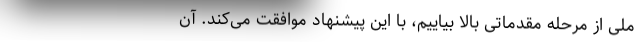
ملی از مرحله مقدماتی بالا بیاییم، با این پیشنهاد موافقت می‌کند. آن